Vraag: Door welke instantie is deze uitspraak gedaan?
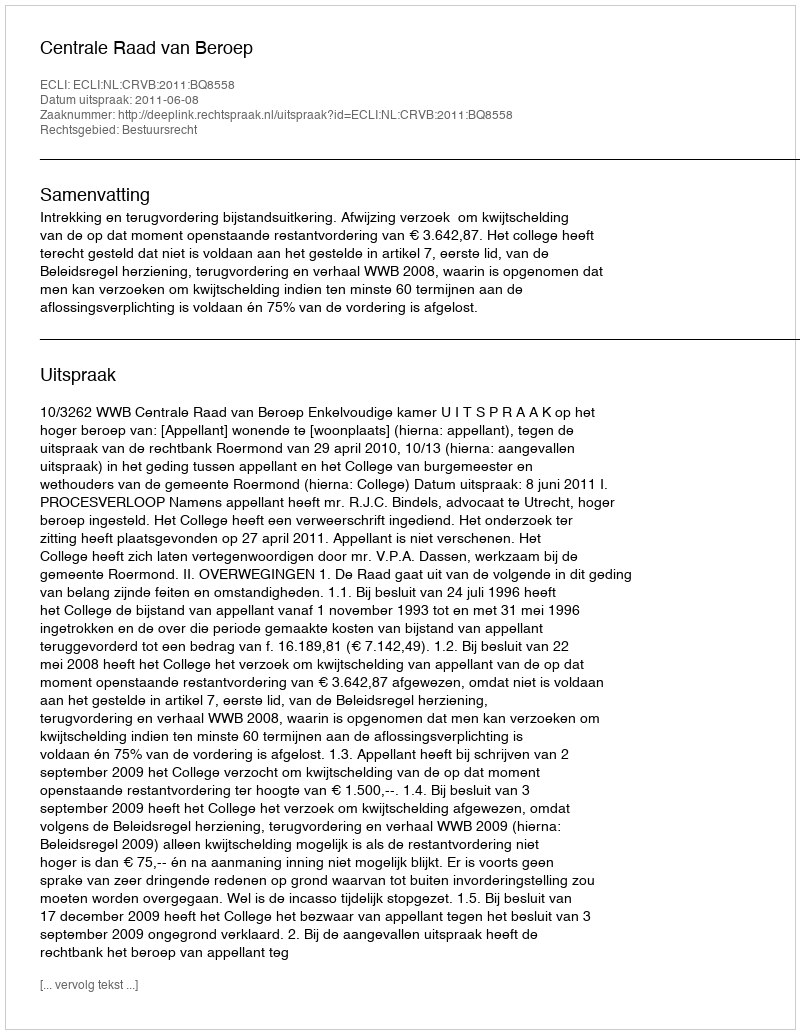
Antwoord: Centrale Raad van Beroep